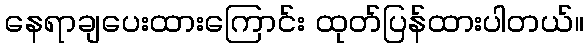
နေရာချပေးထားကြောင်း ထုတ်ပြန်ထားပါတယ်။